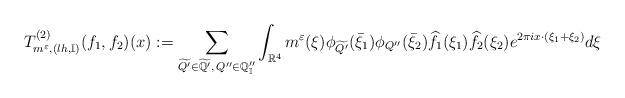
LaTeX: \begin{align*} T^{(2)}_{m^{\varepsilon},(lh,\mathbb{I})}(f_{1},f_{2})(x):=\sum_{\widetilde{Q'}\in\widetilde{\mathbb{Q}'}, \, Q''\in\mathbb{Q}''_{\mathbb{I}}} \int_{\mathbb{R}^{4}}m^{\varepsilon}(\xi)\phi_{\widetilde{Q'}}(\bar{\xi}_{1})\phi_{Q''}(\bar{\xi}_{2})\widehat{f_{1}}(\xi_{1})\widehat{f_{2}}(\xi_{2}) e^{2\pi ix\cdot(\xi_{1}+\xi_{2})}d\xi\end{align*}